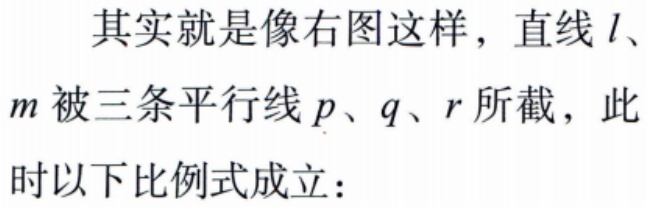
其实就是像右图这样，直线 \(l\)、\(m\) 被三条平行线 \(p\)、\(q\)、\(r\) 所截，此时以下比例式成立：